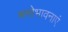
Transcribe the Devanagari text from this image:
मनोभावनाएं